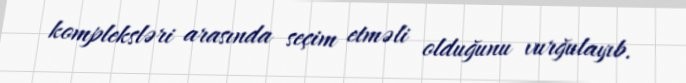
kompleksləri arasında seçim etməli olduğunu vurğulayıb.